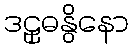
ဒဠှဓနွိနော